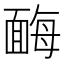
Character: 䩈